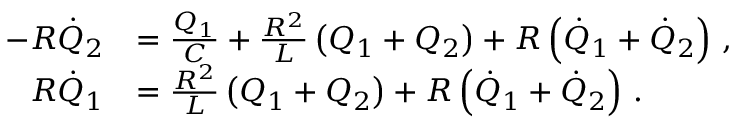
\begin{array} { r l } { - R \dot { Q } _ { 2 } } & { = \frac { Q _ { 1 } } { C } + \frac { R ^ { 2 } } { L } \left( Q _ { 1 } + Q _ { 2 } \right) + R \left( \dot { Q } _ { 1 } + \dot { Q } _ { 2 } \right) \, , } \\ { R \dot { Q } _ { 1 } } & { = \frac { R ^ { 2 } } { L } \left( Q _ { 1 } + Q _ { 2 } \right) + R \left( \dot { Q } _ { 1 } + \dot { Q } _ { 2 } \right) \, . } \end{array}